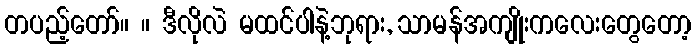
တပည့်တော်။ ။ ဒီလိုလဲ မထင်ပါနဲ့ဘုရား, သာမန်အကျိုးကလေးတွေတော့